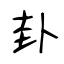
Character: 卦